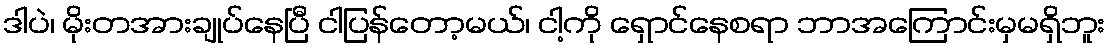
ဒါပဲ၊ မိုးတအားချုပ်နေပြီ ငါပြန်တော့မယ်၊ ငါ့ကို ရှောင်နေစရာ ဘာအကြောင်းမှမရှိဘူး